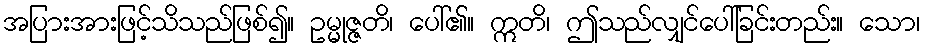
အပြားအားဖြင့်သိသည်ဖြစ်၍။ ဥမ္မုဇ္ဇတိ၊ ပေါ်၏။ ဣတိ၊ ဤသည်လျှင်ပေါ်ခြင်းတည်း။ သော၊